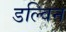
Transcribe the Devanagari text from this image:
डल्विन